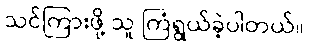
သင်ကြားဖို့ သူ ကြံရွယ်ခဲ့ပါတယ်။